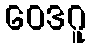
ဝေဒဂူ